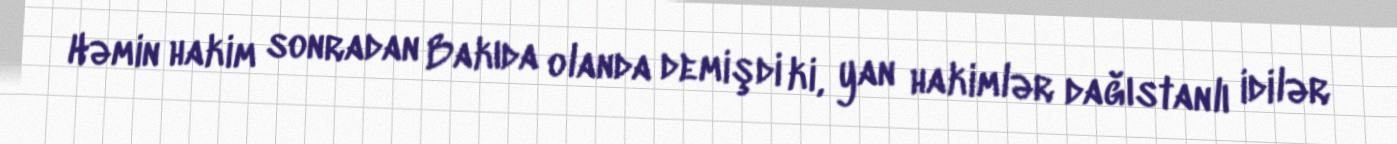
Həmin hakim sonradan Bakıda olanda demişdi ki, yan hakimlər dağıstanlı idilər